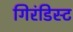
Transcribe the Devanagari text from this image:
गिरंडिस्ट